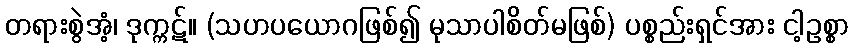
တရားစွဲအံ့၊ ဒုက္ကဋ်။ (သဟပယောဂဖြစ်၍ မုသာပါစိတ်မဖြစ်) ပစ္စည်းရှင်အား ငါ့ဥစ္စာ